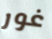
غور